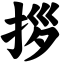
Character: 拶